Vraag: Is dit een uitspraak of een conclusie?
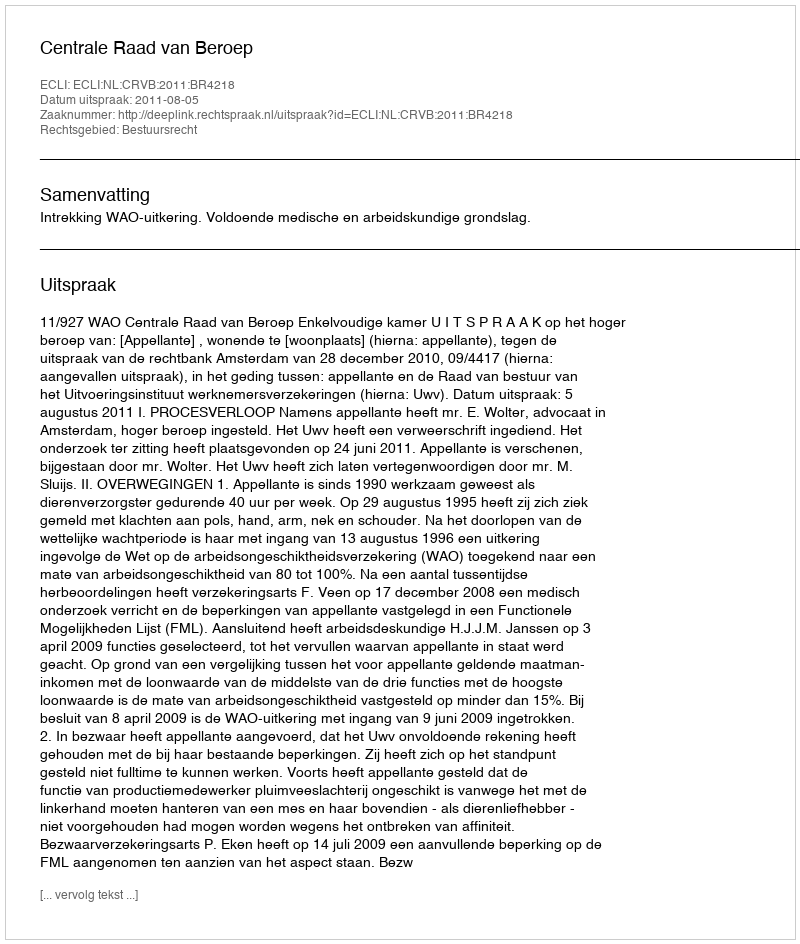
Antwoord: Uitspraak